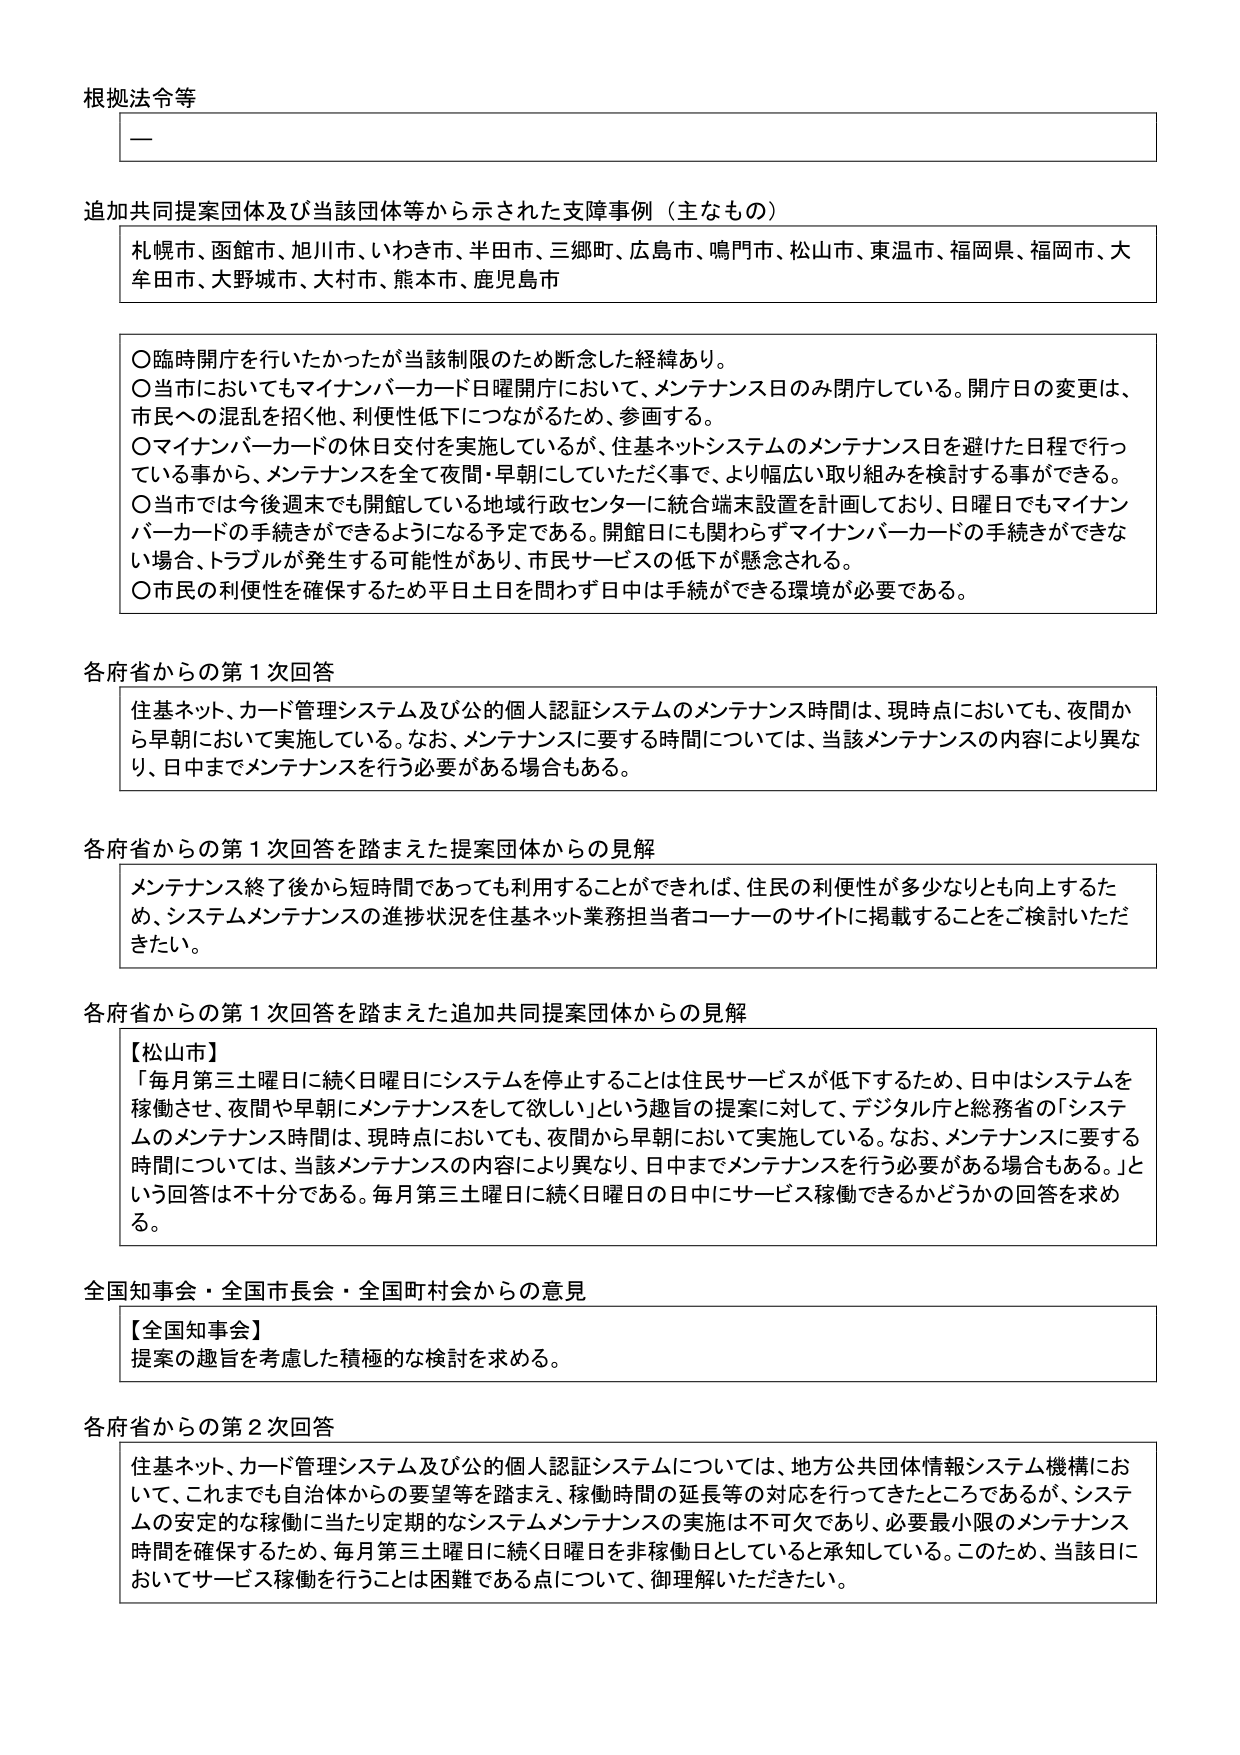
根拠法令等

—

追加共同提案団体及び当該団体等から示された支援事例（主なもの）
札幌市、函館市、旭川市、いわき市、半田市、三郷町、広島市、鳴門市、松山市、東温市、福岡県、福岡市、大牟田市、大野城市、大村市、熊本市、鹿児島市

〇臨時開庁を行いたかったが当該制限のため断念した経緯あり。
〇当市においてもマイナンバーカード日曜開庁において、メンテナンス日のみ閉庁している。開庁日の変更は、市民への混乱を招く他、利便性低下につながるため、参画する。
〇マイナンバーカードの休日交付を実施しているが、住基ネットシステムのメンテナンス日を避けた日程で行っている事から、メンテナンスを全て夜間・早朝にしていただく事で、より幅広い取り組みを検討する事ができる。
〇当市では今後週末でも開館している地域行政センターに統合端末設置を計画しており、日曜日でもマイナンバーカードの手続きができるようになる予定である。開館日にも関わらずマイナンバーカードの手続きができない場合、トラブルが発生する可能性があり、市民サービスの低下が懸念される。
〇市民の利便性を確保するため平日土日を問わず日中は手続ができる環境が必要である。

各府省からの第1次回答
住基ネット、カード管理システム及び公的個人認証システムのメンテナンス時間は、現時点においても、夜間から早朝において実施している。なお、メンテナンスに要する時間については、当該メンテナンスの内容により異なり、日中までメンテナンスを行う必要がある場合もある。

各府省からの第1次回答を踏まえた提案団体からの見解
メンテナンス終了後から短時間であっても利用することができれば、住民の利便性が多少なりとも向上するため、システムメンテナンスの進捗状況を住基ネット業務担当者コーナーのサイトに掲載することをご検討いただきたい。

各府省からの第1次回答を踏まえた追加共同提案団体からの見解
【松山市】
「毎月第三土曜日に続く日曜日にシステムを停止することは住民サービスが低下するため、日中はシステムを稼働させ、夜間や早朝にメンテナンスをして欲しい」という趣旨の提案に対して、デジタル庁と総務省の「システムのメンテナンス時間は、現時点においても、夜間から早朝において実施している。なお、メンテナンスに要する時間については、当該メンテナンスの内容により異なり、日中までメンテナンスを行う必要がある場合もある。」という回答は不十分である。毎月第三土曜日に続く日曜日の日中にサービス稼働できるかどうかの回答を求める。

全国知事会・全国市長会・全国町村会からの意見
【全国知事会】
提案の趣旨を考慮した積極的な検討を求める。

各府省からの第2次回答
住基ネット、カード管理システム及び公的個人認証システムについては、地方公共団体情報システム機構において、これまでも自治体からの要望等を踏まえ、稼働時間の延長等の対応を行ってきたところであるが、システムの安定的な稼働に当たり定期的なシステムメンテナンスの実施は不可欠であり、必要最小限のメンテナンス時間を確保するため、毎月第三土曜日に続く日曜日を非稼働日としていると承知している。このため、当該日においてサービス稼働を行うことは困難である点について、御理解いただきたい。